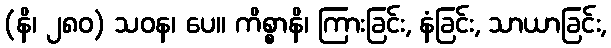
(နိ၊ ၂၈၀) သဝန၊ ပေ။ ကိစ္စာနိ၊ ကြားခြင်း, နံခြင်း, သာယာခြင်း,